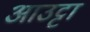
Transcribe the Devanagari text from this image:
आउट्टा